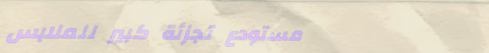
مستودع تجزئة كبير للملابس